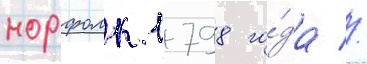
норфолк 1798 го́да //